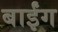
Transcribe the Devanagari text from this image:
बाईंग